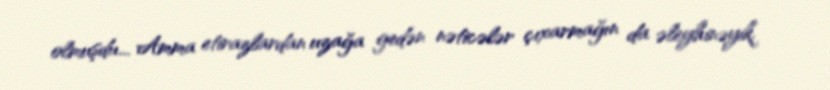
olmuşdu... Amma etirazlardan uzağa gedən nəticələr çıxarmağın da əleyhinəyik.